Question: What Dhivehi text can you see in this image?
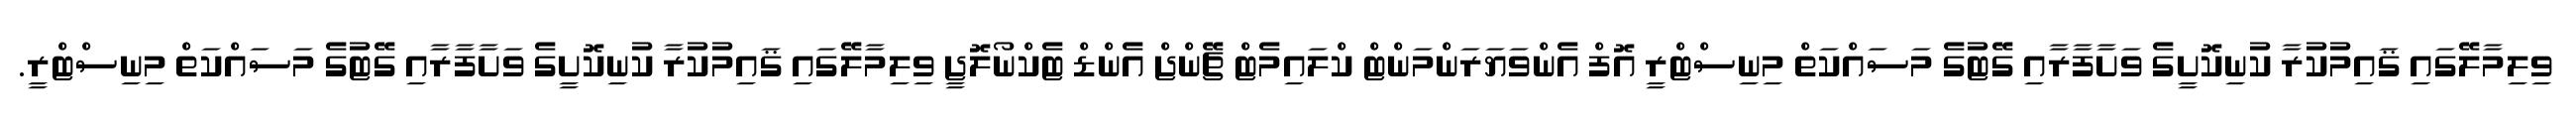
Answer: ވިލިމާލޭގައި ޤައިމުކުރާ ކުނިކޮށީގެ ވަށާފާރާއި ގޭޓުގެ މަސައްކަތް މިނިސްޓްރީ އޮފް އެންވަޔަރަންމަންޓް ކްލައިމެޓް ޗޭންޖް އެންޑް ޓެކްނޯލޮޖީ ވިލިމާލޭގައި ޤައިމުކުރާ ކުނިކޮށީގެ ވަށާފާރާއި ގޭޓުގެ މަސައްކަތް މިނިސްޓްރީ.